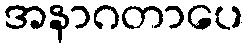
အနာဂတာပေ